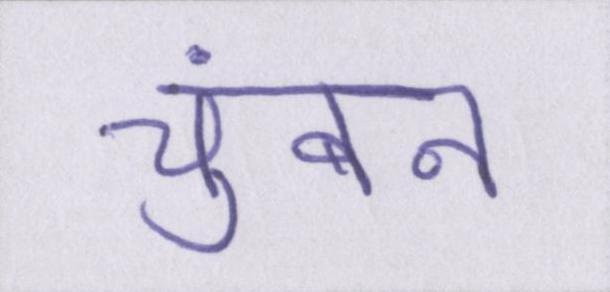
चुंबन